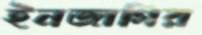
ইনজাগির